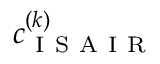
c _ { \mathrm { ~ I ~ S ~ A ~ I ~ R ~ } } ^ { ( k ) }